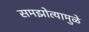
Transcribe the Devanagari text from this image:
समझोत्यामुळे